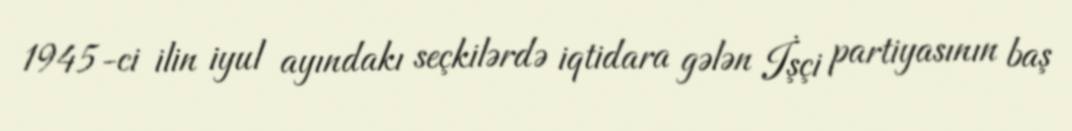
1945-ci ilin iyul ayındakı seçkilərdə iqtidara gələn İşçi partiyasının baş